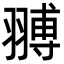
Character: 䎔